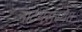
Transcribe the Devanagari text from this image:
नाटयसंस्थेत